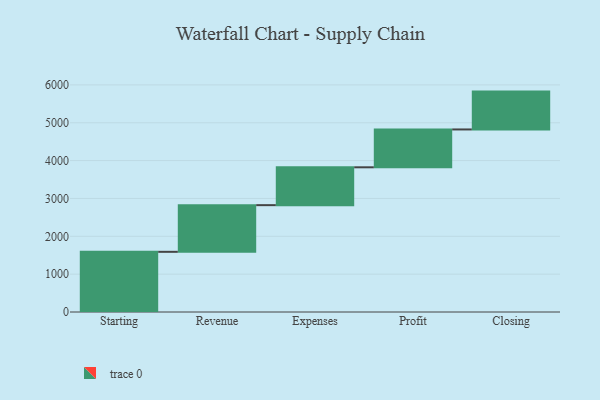
{"axis": {"x": "Step", "y": "Value"}, "legend": [""], "data": [{"x": "Starting", "y": 1590.0, "type": ""}, {"x": "Revenue", "y": 1233.0, "type": ""}, {"x": "Expenses", "y": 1000, "type": ""}, {"x": "Profit", "y": 1000, "type": ""}, {"x": "Closing", "y": 1000, "type": ""}]}